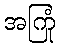
အကြုံ